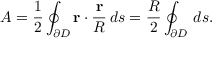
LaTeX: A = { \frac { 1 } { 2 } } \oint _ { \partial D } \mathbf { r } \cdot { \frac { \mathbf { r } } { R } } \, d s = { \frac { R } { 2 } } \oint _ { \partial D } \, d s .